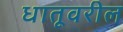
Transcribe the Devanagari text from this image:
धातूवरील